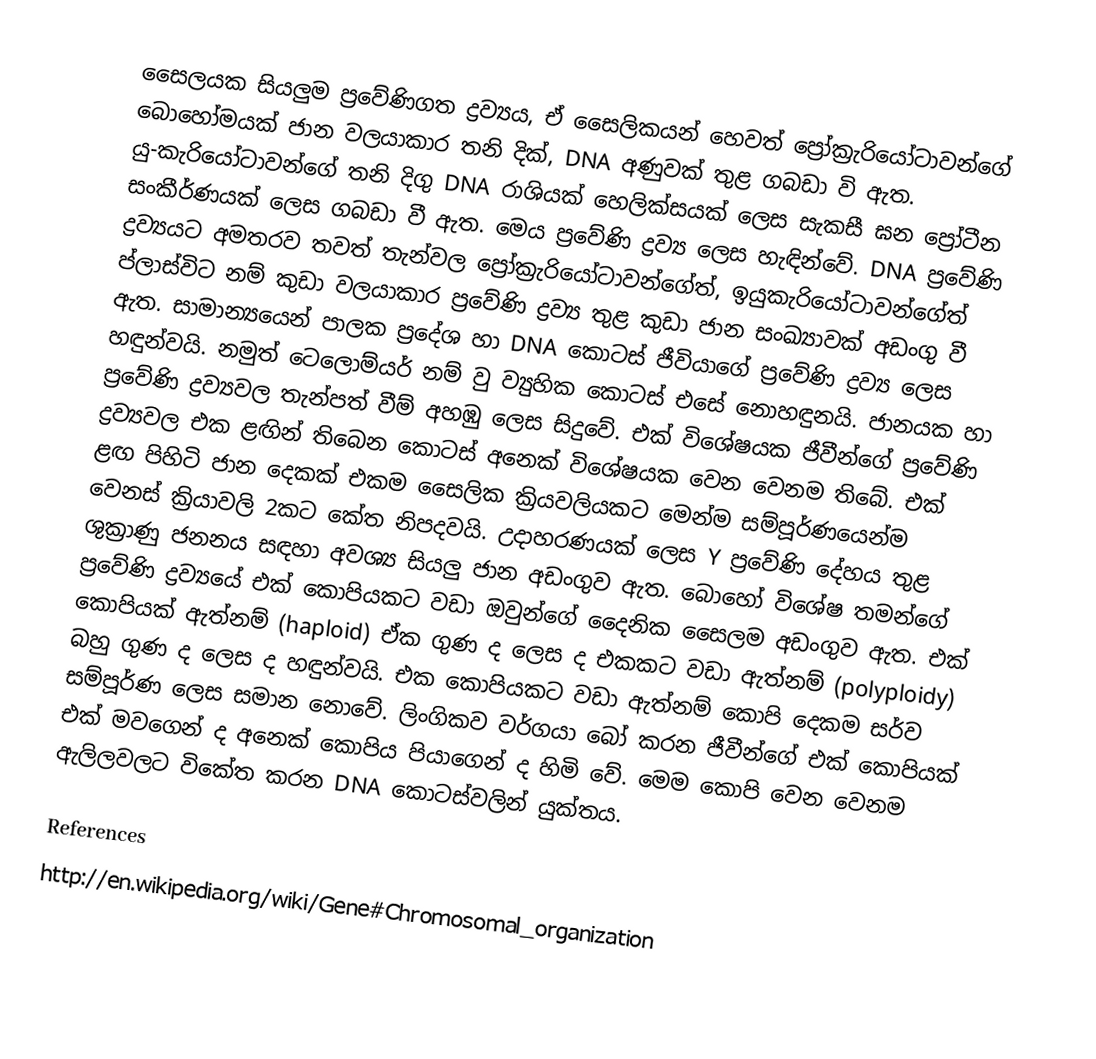
සෛලයක සියලුම ප්‍රවේණිගත ද්‍රව්‍යය, ඒ සෛලිකයන් හෙවත් ප්‍රෝක්‍රැරි‍යෝටාවන්ගේ බොහෝමයක් ජාන වලයාකාර තනි දික්, DNA අණුවක් තුළ ගබඩා වි ඇත. යු-කැරියෝටාවන්ගේ තනි දිගු DNA රාශියක් හෙලික්සයක් ලෙස සැකසී ඝන ප්‍රෝටීන සංකීර්ණයක් ලෙස ගබඩා වී ඇත. මෙය ප්‍රවේණි ද්‍රව්‍ය ලෙස හැඳින්වේ. DNA ප්‍රවේණි ද්‍රව්‍යයට අමතරව තවත් තැන්වල ප්‍රෝක්‍රැරියෝටාවන්ගේත්, ඉයුකැරියෝටාවන්ගේත් ප්ලාස්විට නම් කුඩා වලයාකාර ප්‍රවේණි ද්‍රව්‍ය තුළ කුඩා ජාන සංඛ්‍යාවක් අඩංගු වී ඇත. සාමාන්‍යයෙන් පාලක ප්‍රදේශ හා DNA කොටස් ජීවියාගේ ප්‍රවේණි ද්‍රව්‍ය ලෙස හඳුන්වයි. නමුත් ටෙ‍ලොම්යර් නම් වු ව්‍යුහික කොටස් එසේ නොහඳුනයි. ජානයක හා ප්‍රවේණි ද්‍රව්‍යවල තැන්පත් වීම් අහඹු ලෙස සිදුවේ. එක් විශේෂයක ජීවීන්ගේ ප්‍රවේණි ද්‍රව්‍යවල එක ළඟින් තිබෙන කොටස් අනෙක් විශේෂයක වෙන වෙනම තිබේ. එක් ළඟ පිහිටි ජාන දෙකක් එකම සෛලික ක්‍රියවලියකට මෙන්ම සම්පූර්ණයෙන්ම වෙනස් ක්‍රියාවලි 2කට කේත නිපදවයි. උදාහරණයක් ලෙස Y ප්‍රවේණි දේහය තුළ ශුක්‍රාණු ජනනය සඳහා  අවශ්‍ය සියලු ජාන අඩංගුව ඇත. බොහෝ විශේෂ තමන්ගේ ප්‍රවේණි ද්‍රව්‍යයේ එක් කොපියකට වඩා ඔවුන්ගේ දෛනික සෛලම අඩංගුව ඇත. එක් කොපියක් ඇත්නම් (haploid) ඒක ගුණ ද ලෙස ද එකකට වඩා ඇත්නම් (polyploidy) බහු ගුණ ද ලෙස ද හඳුන්වයි. එක කොපියකට වඩා ඇත්නම් කොපි දෙකම සර්ව සම්පූර්ණ ලෙස සමාන නොවේ. ලිංගිකව වර්ගයා බෝ කරන ජීවීන්ගේ එක් කොපියක් එක් මවගෙන් ද අනෙක් කොපිය පියාගෙන් ද හිමි වේ. මෙම කොපි වෙන වෙනම ඇලිලවලට විකේත කරන DNA කොටස්වලින් යුක්තය.

References
http://en.wikipedia.org/wiki/Gene#Chromosomal_organization